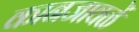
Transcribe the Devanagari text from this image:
कानजावळें